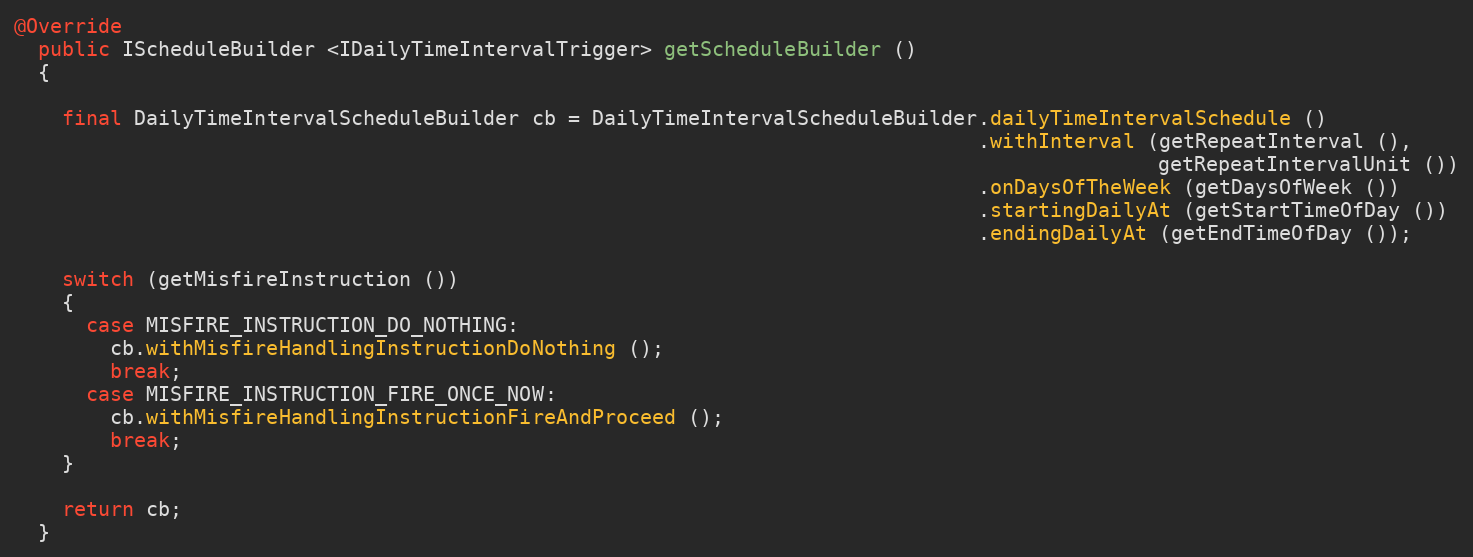
Language: Java
@Override
  public IScheduleBuilder <IDailyTimeIntervalTrigger> getScheduleBuilder ()
  {

    final DailyTimeIntervalScheduleBuilder cb = DailyTimeIntervalScheduleBuilder.dailyTimeIntervalSchedule ()
                                                                                .withInterval (getRepeatInterval (),
                                                                                               getRepeatIntervalUnit ())
                                                                                .onDaysOfTheWeek (getDaysOfWeek ())
                                                                                .startingDailyAt (getStartTimeOfDay ())
                                                                                .endingDailyAt (getEndTimeOfDay ());

    switch (getMisfireInstruction ())
    {
      case MISFIRE_INSTRUCTION_DO_NOTHING:
        cb.withMisfireHandlingInstructionDoNothing ();
        break;
      case MISFIRE_INSTRUCTION_FIRE_ONCE_NOW:
        cb.withMisfireHandlingInstructionFireAndProceed ();
        break;
    }

    return cb;
  }